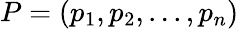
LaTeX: P=(p_{1},p_{2},...,p_{n})